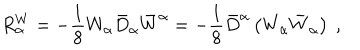
R _ { \alpha } ^ { W } = - \frac { 1 } { 8 } W _ { \alpha } { \bar { D } } _ { \dot { \alpha } } { \bar { W } } ^ { \dot { \alpha } } = - \frac { 1 } { 8 } { \bar { D } } ^ { \dot { \alpha } } \left( W _ { \alpha } { \bar { W } } _ { \dot { \alpha } } \right) \ ,